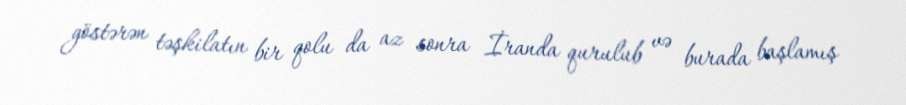
göstərən təşkilatın bir qolu da az sonra İranda qurulub və burada başlamış